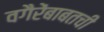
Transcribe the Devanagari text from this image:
वगैरेंबाबतची